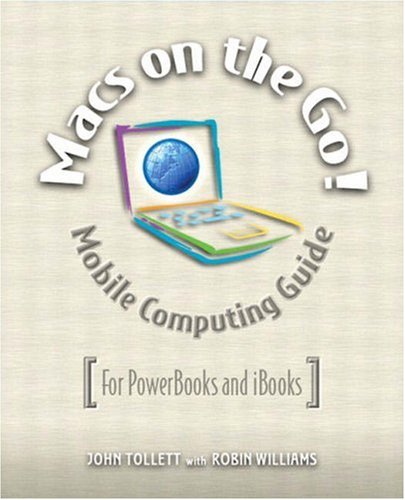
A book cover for Macs on the Go; John Tollett; Computers & Technology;